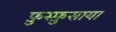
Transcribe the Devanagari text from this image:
फ़ुस्फ़ुसाया